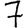
Digit: 7